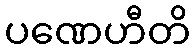
ပဏေဟီတိ